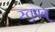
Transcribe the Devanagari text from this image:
स्तुवन्